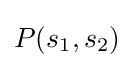
P(s_{1},s_{2})